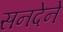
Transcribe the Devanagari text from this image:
सनदेने